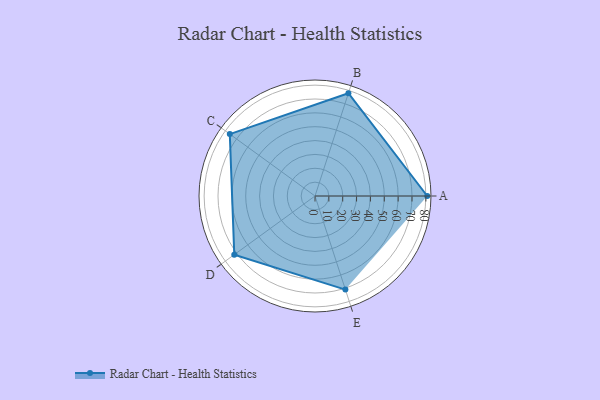
{"axis": {"x": "Skill", "y": "Score"}, "legend": ["Profile"], "data": [{"x": "A", "y": 81.0, "type": "Profile"}, {"x": "B", "y": 78.0, "type": "Profile"}, {"x": "C", "y": 76.0, "type": "Profile"}, {"x": "D", "y": 72.0, "type": "Profile"}, {"x": "E", "y": 71.0, "type": "Profile"}]}